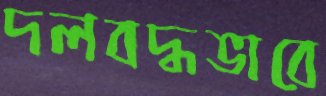
দলবদ্ধভাবে